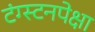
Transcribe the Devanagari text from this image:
टंग्स्टनपेक्षा